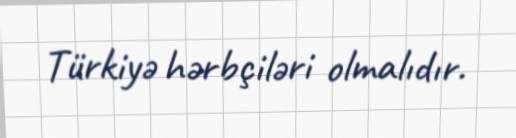
Türkiyə hərbçiləri olmalıdır.